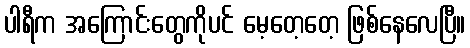
ပါရီက အကြောင်းတွေကိုပင် မေ့တေ့တေ့ ဖြစ်နေလေပြီ။